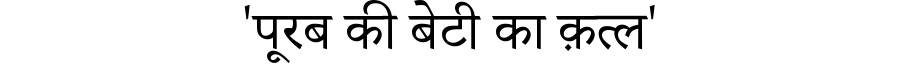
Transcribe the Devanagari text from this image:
'पूरब की बेटी का क़त्ल'